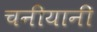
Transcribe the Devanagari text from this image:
चनीयानी